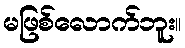
မဖြစ်လောက်ဘူး။